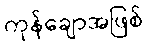
ကုန်ချောအဖြစ်